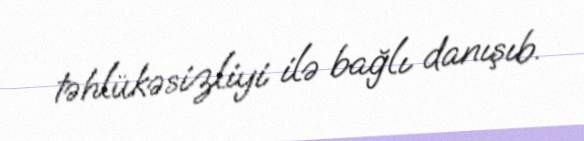
təhlükəsizliyi ilə bağlı danışıb.